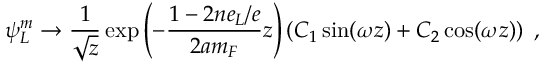
\psi _ { L } ^ { m } \to \frac { 1 } { \sqrt { z } } \exp \left( - \frac { 1 - 2 n e _ { L } / e } { 2 a m _ { F } } z \right) \left( C _ { 1 } \sin ( \omega z ) + C _ { 2 } \cos ( \omega z ) \right) ~ ,